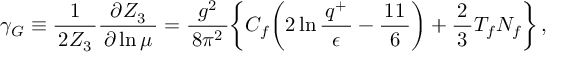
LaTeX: \gamma _ { G } \equiv \frac { 1 } { \, 2 Z _ { 3 } \, } \frac { \partial Z _ { 3 } } { \, \partial \ln \mu \, } = \frac { g ^ { 2 } } { \, 8 \pi ^ { 2 } \, } \biggl \{ C _ { f } \biggl ( 2 \ln \frac { \, q ^ { + } \, } { \epsilon } - \frac { \, 1 1 \, } { 6 } \biggr ) + \frac { 2 } { \, 3 \, } T _ { f } N _ { f } \biggr \} \, ,